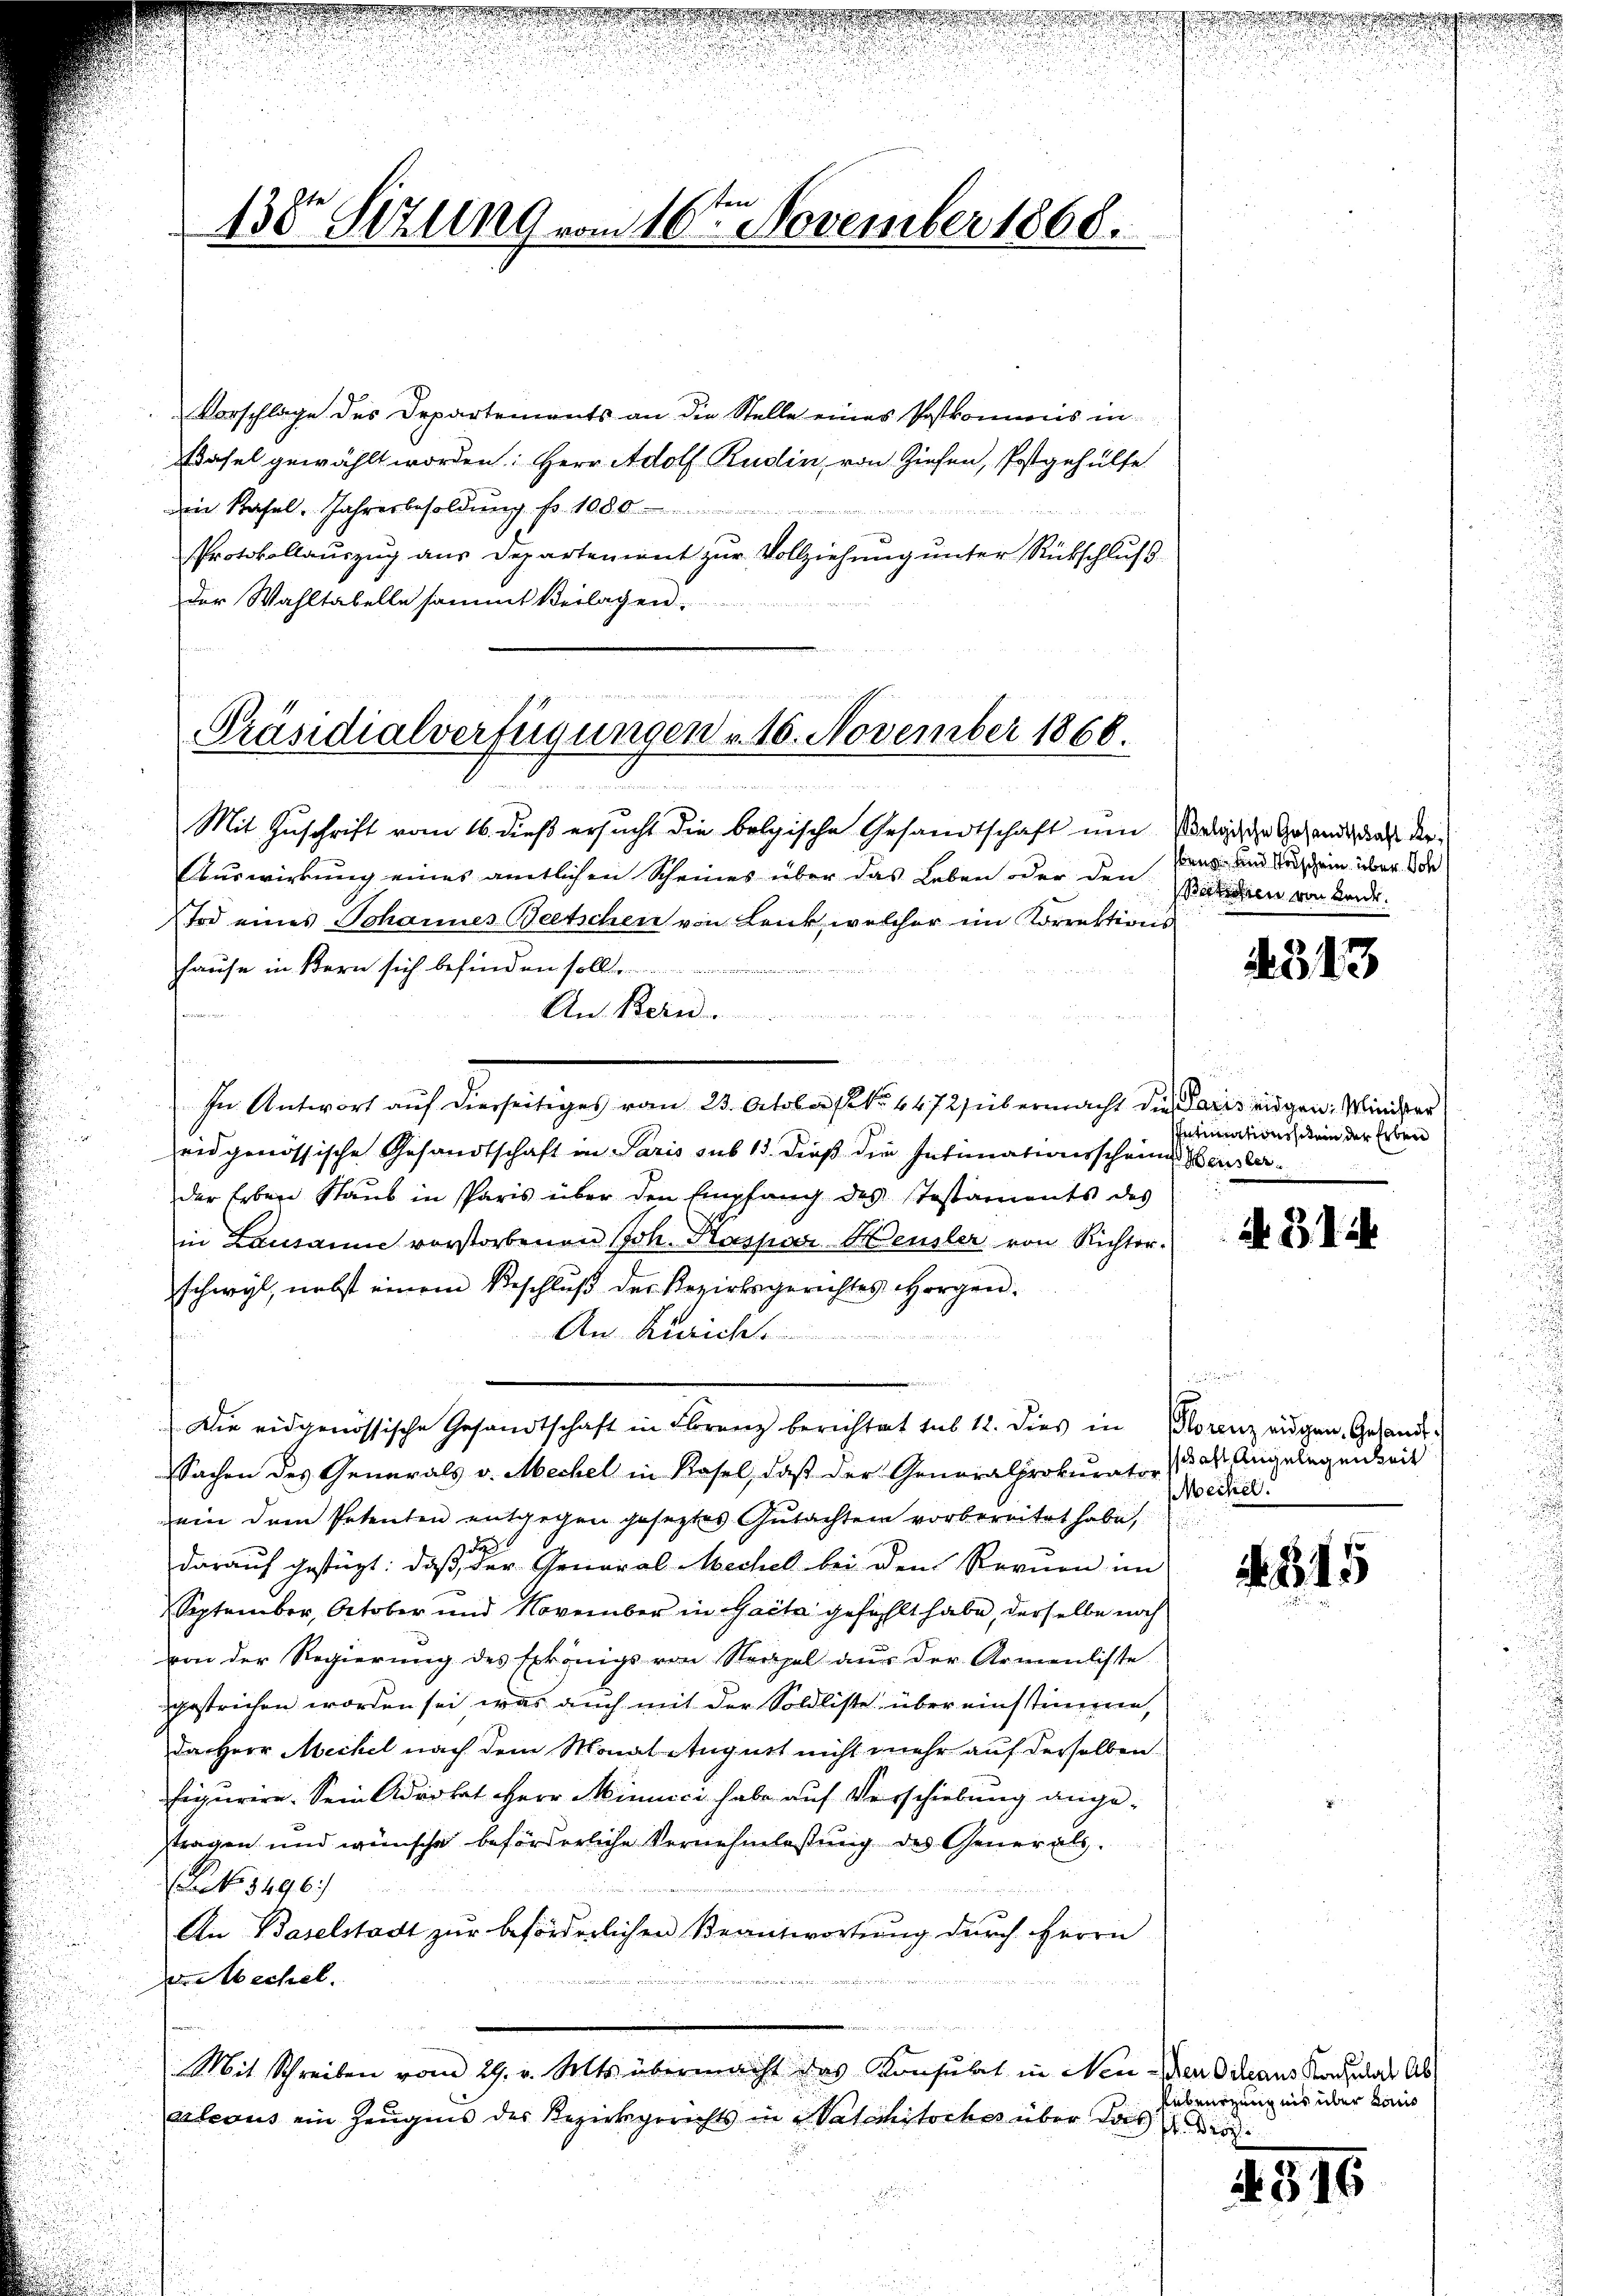
130 Sitzung vom 16ten November 1868.

Vorschlage des Departements an die Stelle eines Postkommnis in
Edasel gewählt worden: Herr Adolf Rudin, von Ziehen, Postgehülfe
in Stafel. Jahresbesoldŭng fr. 1000
Protokollauszug aus Departement zur Vollziehung unter Rückschluß
der Wahltabelle sammt Beilagen.

Präsidialverfügungen v. 16. November 1868.

Mit Zuschrift vom 16. dieß ersucht die belgische Gesandtschaft um seligische Gesandt, daß der
Auswirkung eines amtlichen Scheines über das Leben oder den
tod eines Johannes Beetschen von Lenk, welcher im Korrektions
hause in Bern sich befinden sollt
die ein u
An Bern.
n
In Antwort auf dierseitiges vom 24. October st. 1172) übermacht die Paris angen Winters
eidgenössische Gesandtschaft in Paris sub 15. dieß die Intimationsscheine Heuslerder Erben Staub in Paris über den Empfang des Testaments des
in Lausanne vorstorbenen Joh. Kaspar Heusler von Richter.
schwyl, nebst einem Beschluß der Bezirksgerichtes Horgen.
An Züricht
s
Die eidgenössische Gesandtschaft in Franz berichtet sub 12. dies in Florenz eigen Gesandt¬
Sachen des Generals v. Mechel in Rasel, daß der Generalprokurator, das Angelegenheit
ein dem Petenten entgegen geseztes Gutachten vorbereitet habe,
darauf gestüzt: daß der General Mechel bei den Rornen im
September, October und November in Gacta gefühlt habe, derselbe noch
von der Regierung des Exkönigs von Neapel aus der Armenliste
gestrichen worden sei, was auch mit der Soldliste übereinstimmen,
Da Herr Meckel nach dem Monat August nicht mehr auf derselben
figurire. Sein Advokat Herr Minuici habe auf Verschiebung angetragen und wünsche beförderliche Vernehmlassung des Generals
No. 3496)
An Baselstadt zur beförderlichen Beantwortung durch Herrn
i
 Mechel.
Mit Schreiben vom 29. v. Mts. übermacht das Konsulat in Neu der Orleaus Nach das Abateous ein Zeugnis des Bezirksgerichts in e Vatechistoches über das die

stung und Paschein über Soh
Batichen von Leider.

513

Intimationsschein der Erben

A 314

Weckel.

345

Rübenszeugnis über Kaus

4516